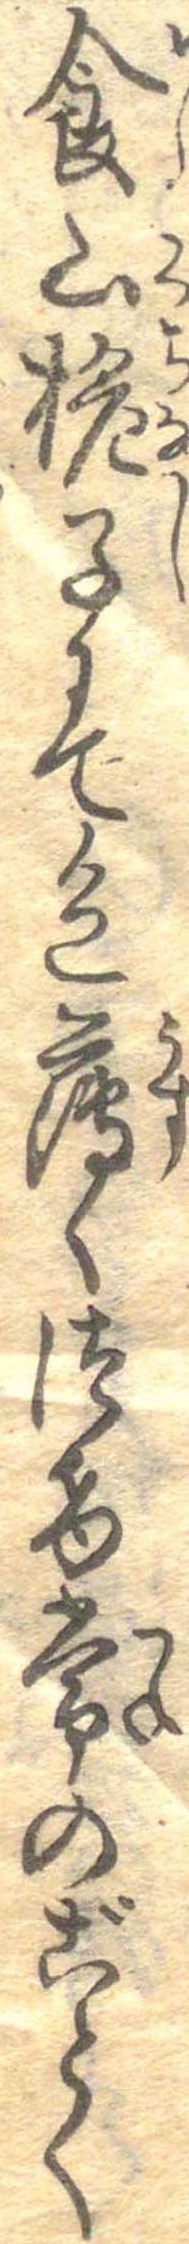
食山梔子にて色薄くつけ常のごとく